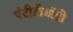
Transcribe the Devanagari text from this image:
एंटीटीबॉडी